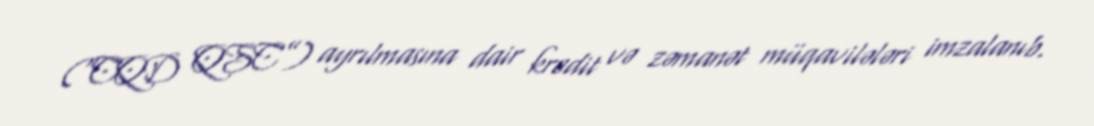
(“CQD QSC”) ayrılmasına dair kredit və zəmanət müqavilələri imzalanıb.